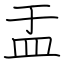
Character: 盂